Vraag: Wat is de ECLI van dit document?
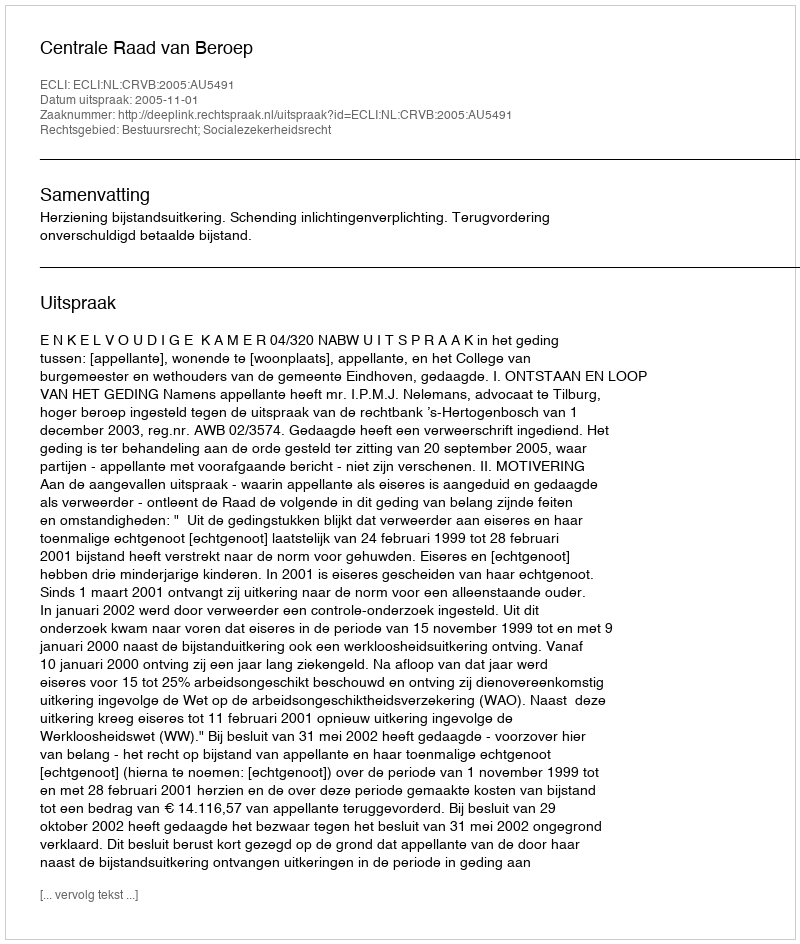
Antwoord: ECLI:NL:CRVB:2005:AU5491